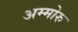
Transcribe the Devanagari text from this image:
अम्मोरु